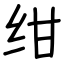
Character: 绀